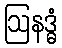
ဩနဒ္ဓံ